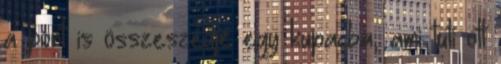
a port is összeszedje egy kupacba, ami tuti ott